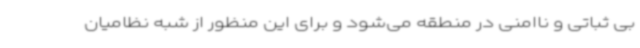
بی ثباتی و ناامنی در منطقه می‌شود و برای این منظور از شبه نظامیان